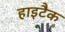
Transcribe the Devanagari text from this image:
हाइटैक